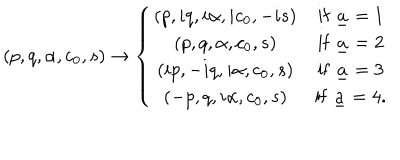
LaTeX: ( p , q , \alpha , c _ { 0 } , s ) \to \left\{ \begin{array} { c c } { { ( p , i q , i \alpha , i c _ { 0 } , - i s ) } } & { { \mathrm { i f } \; { \underline { { a } } } = 1 } } \\ { { ( p , q , \alpha , c _ { 0 } , s ) } } & { { \mathrm { i f } \; { \underline { { a } } } = 2 } } \\ { { ( i p , - i q , i \alpha , c _ { 0 } , s ) } } & { { \mathrm { i f } \; { \underline { { a } } } = 3 } } \\ { { ( - p , q , i \alpha , c _ { 0 } , s ) } } & { { \mathrm { i f } \; { \underline { { a } } } = 4 . } } \\ \end{array} \right.